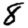
Digit: 8